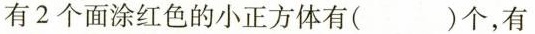
有2个面涂红色的小正方体有( )个，